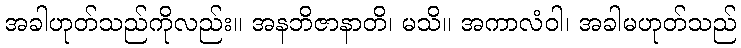
အခါဟုတ်သည်ကိုလည်း။ အနဘိဇာနာတိ၊ မသိ။ အကာလံဝါ၊ အခါမဟုတ်သည်